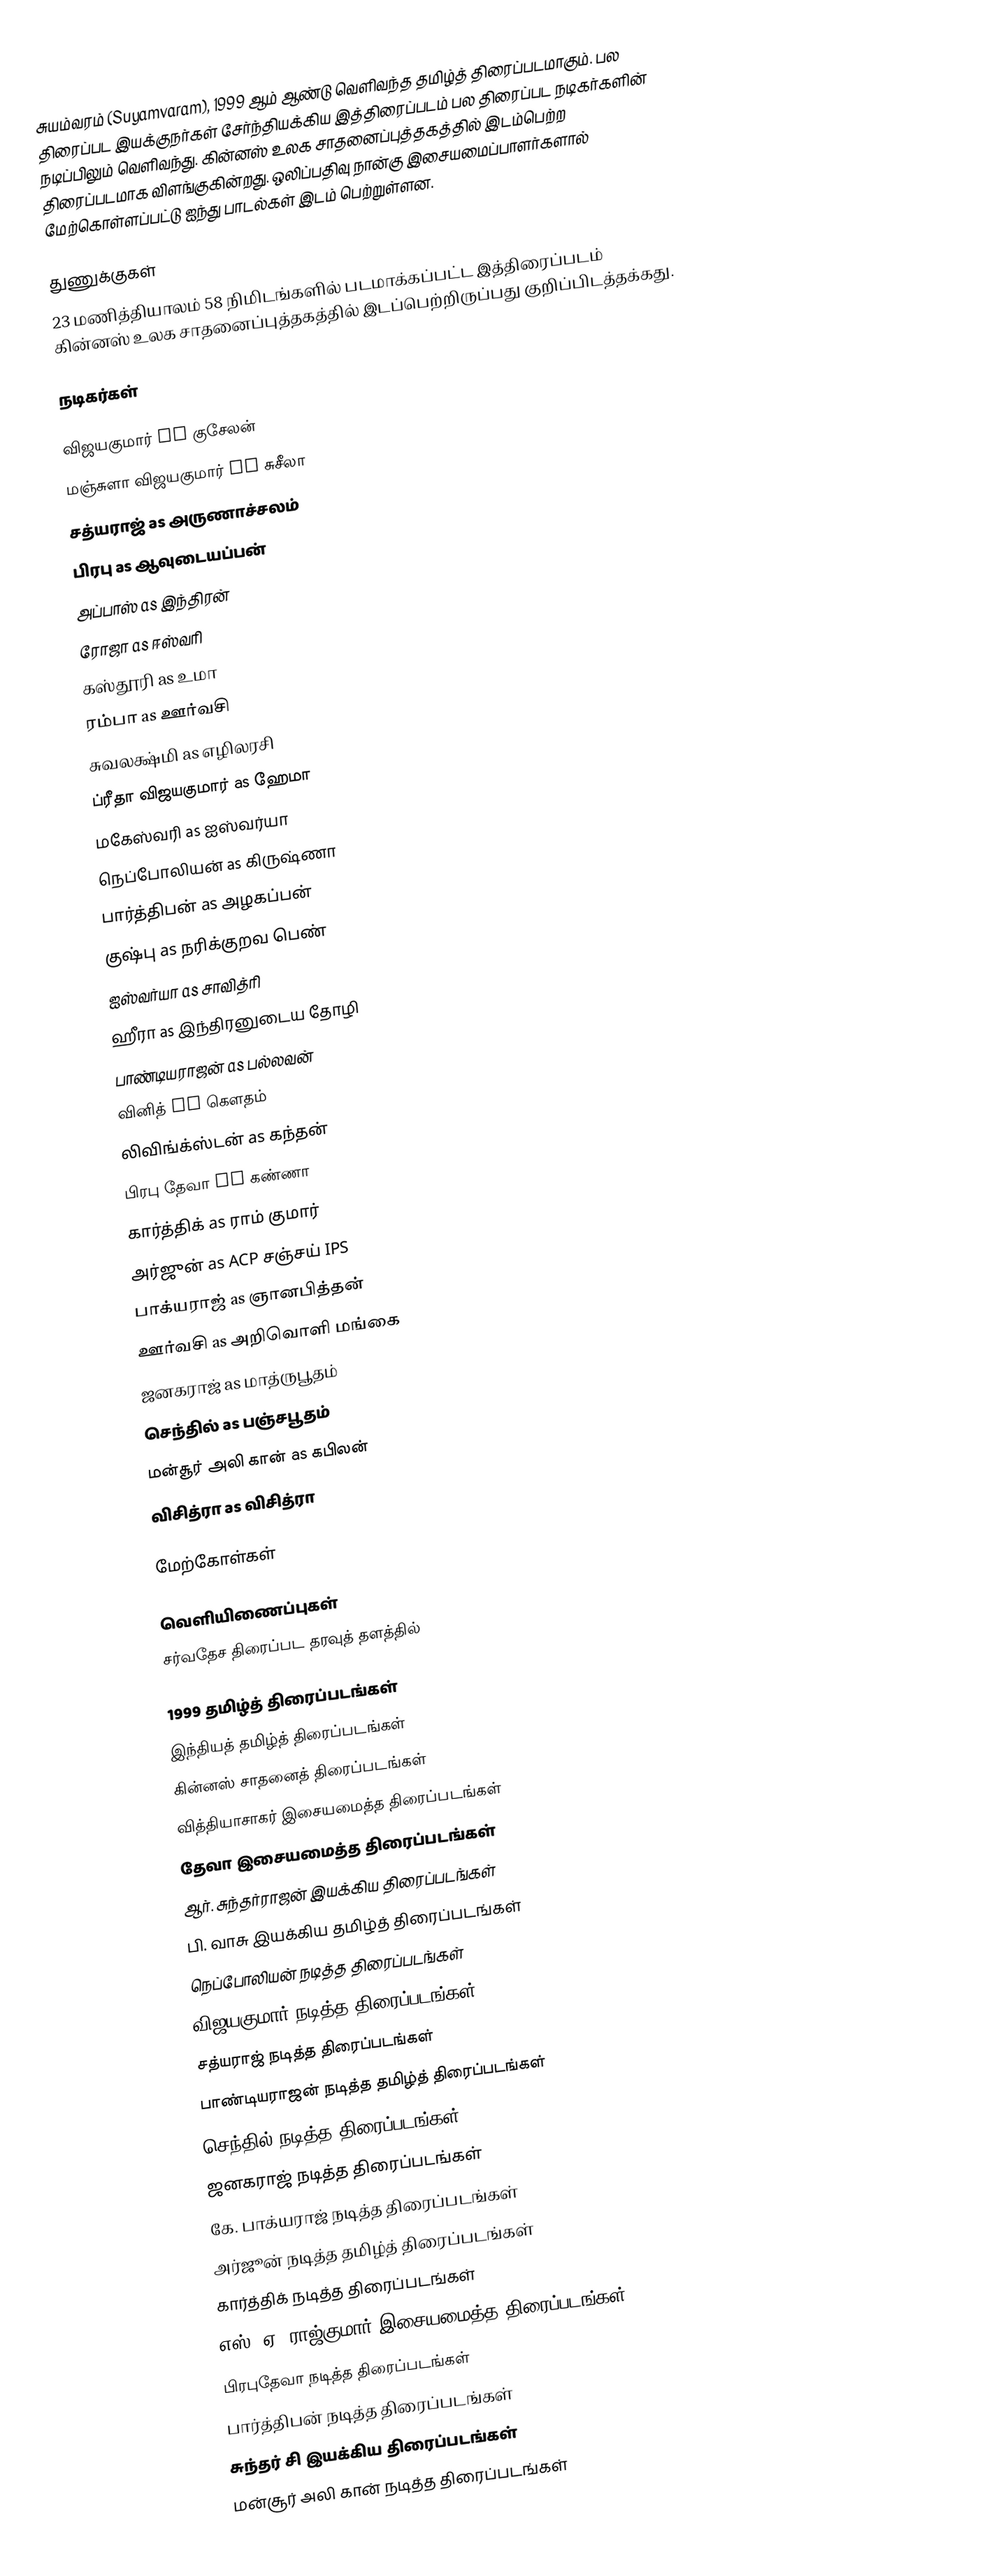
சுயம்வரம் (Suyamvaram), 1999 ஆம் ஆண்டு வெளிவந்த தமிழ்த் திரைப்படமாகும். பல திரைப்பட இயக்குநர்கள் சேர்ந்தியக்கிய இத்திரைப்படம் பல திரைப்பட நடிகர்களின் நடிப்பிலும் வெளிவந்து. கின்னஸ் உலக சாதனைப்புத்தகத்தில் இடம்பெற்ற திரைப்படமாக விளங்குகின்றது. ஒலிப்பதிவு நான்கு இசையமைப்பாளர்களால் மேற்கொள்ளப்பட்டு ஐந்து பாடல்கள் இடம் பெற்றுள்ளன.

துணுக்குகள்
23 மணித்தியாலம் 58 நிமிடங்களில் படமாக்கப்பட்ட இத்திரைப்படம் கின்னஸ் உலக சாதனைப்புத்தகத்தில் இடப்பெற்றிருப்பது குறிப்பிடத்தக்கது.

நடிகர்கள்

விஜயகுமார் as குசேலன்
மஞ்சுளா விஜயகுமார் as  சுசீலா
சத்யராஜ் as அருணாச்சலம்
பிரபு as ஆவுடையப்பன்
அப்பாஸ் as இந்திரன்
ரோஜா as ஈஸ்வரி
கஸ்தூரி as உமா
ரம்பா as ஊர்வசி
சுவலக்ஷ்மி as எழிலரசி
ப்ரீதா விஜயகுமார் as ஹேமா
மகேஸ்வரி as ஐஸ்வர்யா
நெப்போலியன் as கிருஷ்ணா
பார்த்திபன் as அழகப்பன்
குஷ்பு as நரிக்குறவ பெண்
ஐஸ்வர்யா as சாவித்ரி
ஹீரா as இந்திரனுடைய தோழி
பாண்டியராஜன் as பல்லவன்
வினித் as கௌதம்
லிவிங்க்ஸ்டன் as கந்தன்
பிரபு தேவா as கண்ணா
கார்த்திக் as ராம் குமார்
அர்ஜுன் as ACP சஞ்சய் IPS
பாக்யராஜ் as ஞானபித்தன்
ஊர்வசி as அறிவொளி மங்கை
ஜனகராஜ் as மாத்ருபூதம்
செந்தில் as பஞ்சபூதம்
மன்சூர் அலி கான் as கபிலன்
விசித்ரா as விசித்ரா

மேற்கோள்கள்

வெளியிணைப்புகள்
சர்வதேச திரைப்பட தரவுத் தளத்தில்

1999 தமிழ்த் திரைப்படங்கள்
இந்தியத் தமிழ்த் திரைப்படங்கள்
கின்னஸ் சாதனைத் திரைப்படங்கள்
வித்தியாசாகர் இசையமைத்த திரைப்படங்கள்
தேவா இசையமைத்த திரைப்படங்கள்
ஆர். சுந்தர்ராஜன் இயக்கிய திரைப்படங்கள்
பி. வாசு இயக்கிய தமிழ்த் திரைப்படங்கள்
நெப்போலியன் நடித்த திரைப்படங்கள்
விஜயகுமார் நடித்த திரைப்படங்கள்
சத்யராஜ் நடித்த திரைப்படங்கள்
பாண்டியராஜன் நடித்த தமிழ்த் திரைப்படங்கள்
செந்தில் நடித்த திரைப்படங்கள்
ஜனகராஜ் நடித்த திரைப்படங்கள்
கே. பாக்யராஜ் நடித்த திரைப்படங்கள்
அர்ஜூன் நடித்த தமிழ்த் திரைப்படங்கள்
கார்த்திக் நடித்த திரைப்படங்கள்
எஸ். ஏ. ராஜ்குமார் இசையமைத்த திரைப்படங்கள்
பிரபுதேவா நடித்த திரைப்படங்கள்
பார்த்திபன் நடித்த திரைப்படங்கள்
சுந்தர் சி இயக்கிய திரைப்படங்கள்
மன்சூர் அலி கான் நடித்த திரைப்படங்கள்